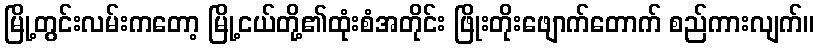
မြို့တွင်းလမ်းကတော့ မြို့ငယ်တို့၏ထုံးစံအတိုင်း ဖြိုးတိုးဖျောက်တောက် စည်ကားလျက်။